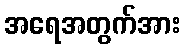
အရေအတွက်အား